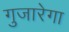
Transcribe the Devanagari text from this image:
गुजारेगा